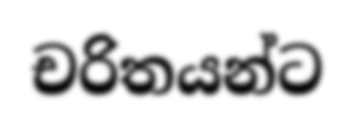
චරිතයන්ට